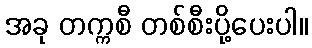
အခု တက္ကစီ တစ်စီးပို့ပေးပါ။